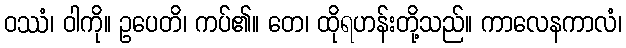
ဝဿံ၊ ဝါကို။ ဥပေတိ၊ ကပ်၏။ တေ၊ ထိုရဟန်းတို့သည်။ ကာလေနကာလံ၊